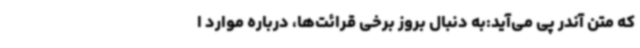
که متن آندر پی می‌آید:به دنبال بروز برخی قرائت‌ها، درباره موارد ا